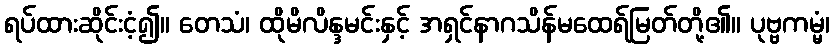
ရပ်ထားဆိုင်းငံ့၍။ တေသံ၊ ထိုမိလိန္ဒမင်းနှင့် အရှင်နာဂသိန်မထေရ်မြတ်တို့၏။ ပုဗ္ဗကမ္မံ၊